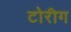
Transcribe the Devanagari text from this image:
टोरीग